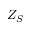
Z _ { S }